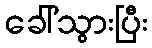
ခေါ်သွားပြီး